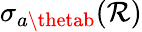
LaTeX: \sigma_{a\thetab}(\mathcal{R})